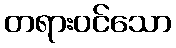
တရားဝင်သော